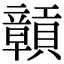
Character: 贑